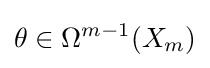
\theta \in \Omega ^{m-1}(X_{m})